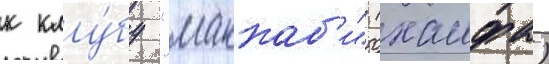
к клу́бу "маккаб'и" (хаифа)